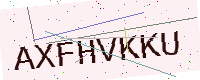
Text: AXFHVKKU